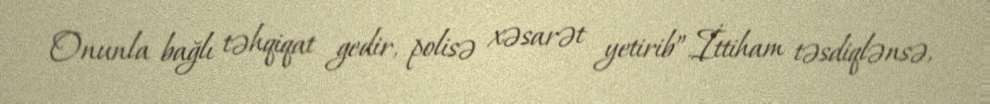
Onunla bağlı təhqiqat gedir, polisə xəsarət yetirib”.İttiham təsdiqlənsə,